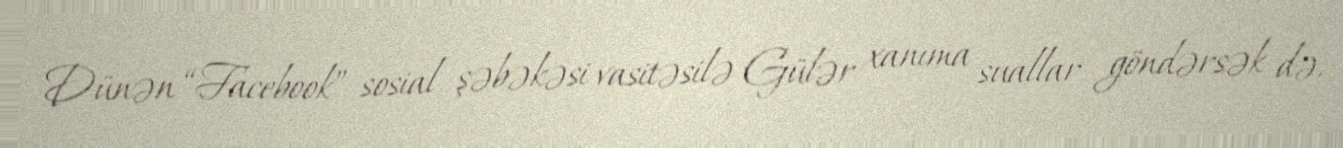
Dünən “Facebook” sosial şəbəkəsi vasitəsilə Gülər xanıma suallar göndərsək də,